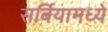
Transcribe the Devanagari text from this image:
सर्बियामध्ये